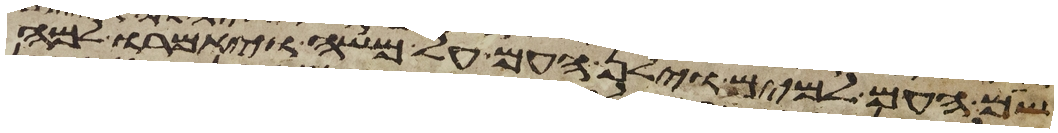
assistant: שם העם למים וילן העם על משה ויאמרו למה